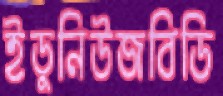
ইডুনিউজবিডি